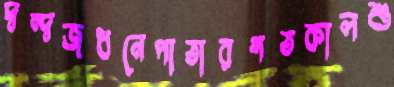
দ্বন্দ্বজধনেপাতারগতকালশু